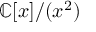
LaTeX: \mathbb { C } [ x ] / ( x ^ { 2 } )